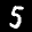
Label: 5